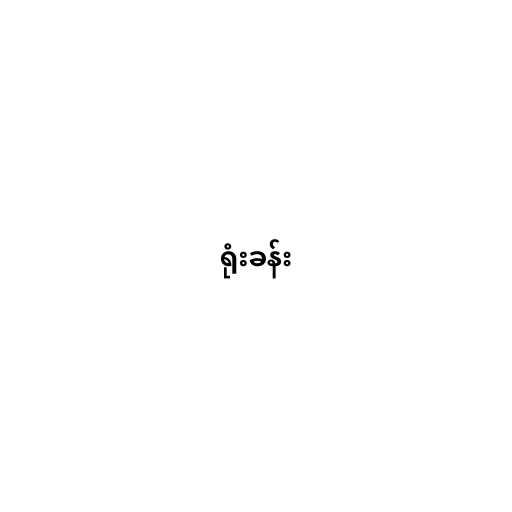
ရုံးခန်း